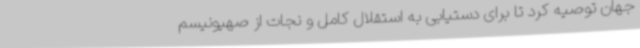
جهان توصیه کرد تا برای دستیابی به استقلال کامل و نجات از صهیونیسم